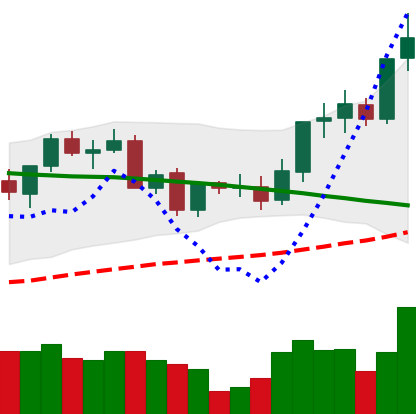
Ticker: LINK-USD
Chart end date: 2021-09-06
Forward return: -22.262%
Label: down_7plus